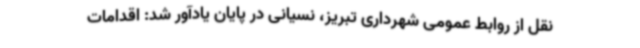
نقل از روابط عمومی شهرداری تبریز، نسیانی در پایان یادآور شد: اقدامات